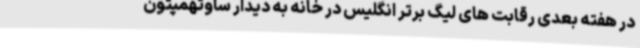
در هفته بعدی رقابت های لیگ برتر انگلیس در خانه به دیدار ساوتهمپتون